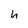
Character: h